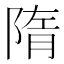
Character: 隋